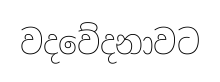
වදවේදනාවට